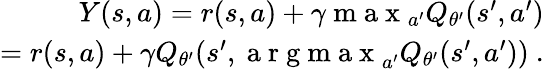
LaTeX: \begin{array}{r}{Y(s,a)=r(s,a)+\gamma\mathrm{~m~a~x~}_{a^{\prime}}Q_{\theta^{\prime}}(s^{\prime},a^{\prime})}\\ {=r(s,a)+\gamma Q_{\theta^{\prime}}(s^{\prime},\mathrm{~a~r~g~m~a~x~}_{a^{\prime}}Q_{\theta^{\prime}}(s^{\prime},a^{\prime}))~.}\end{array}